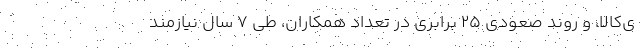
ی‌کالا‌، و روند صعودی 25 برابری در تعداد همکاران، طی 7 سال نیازمند